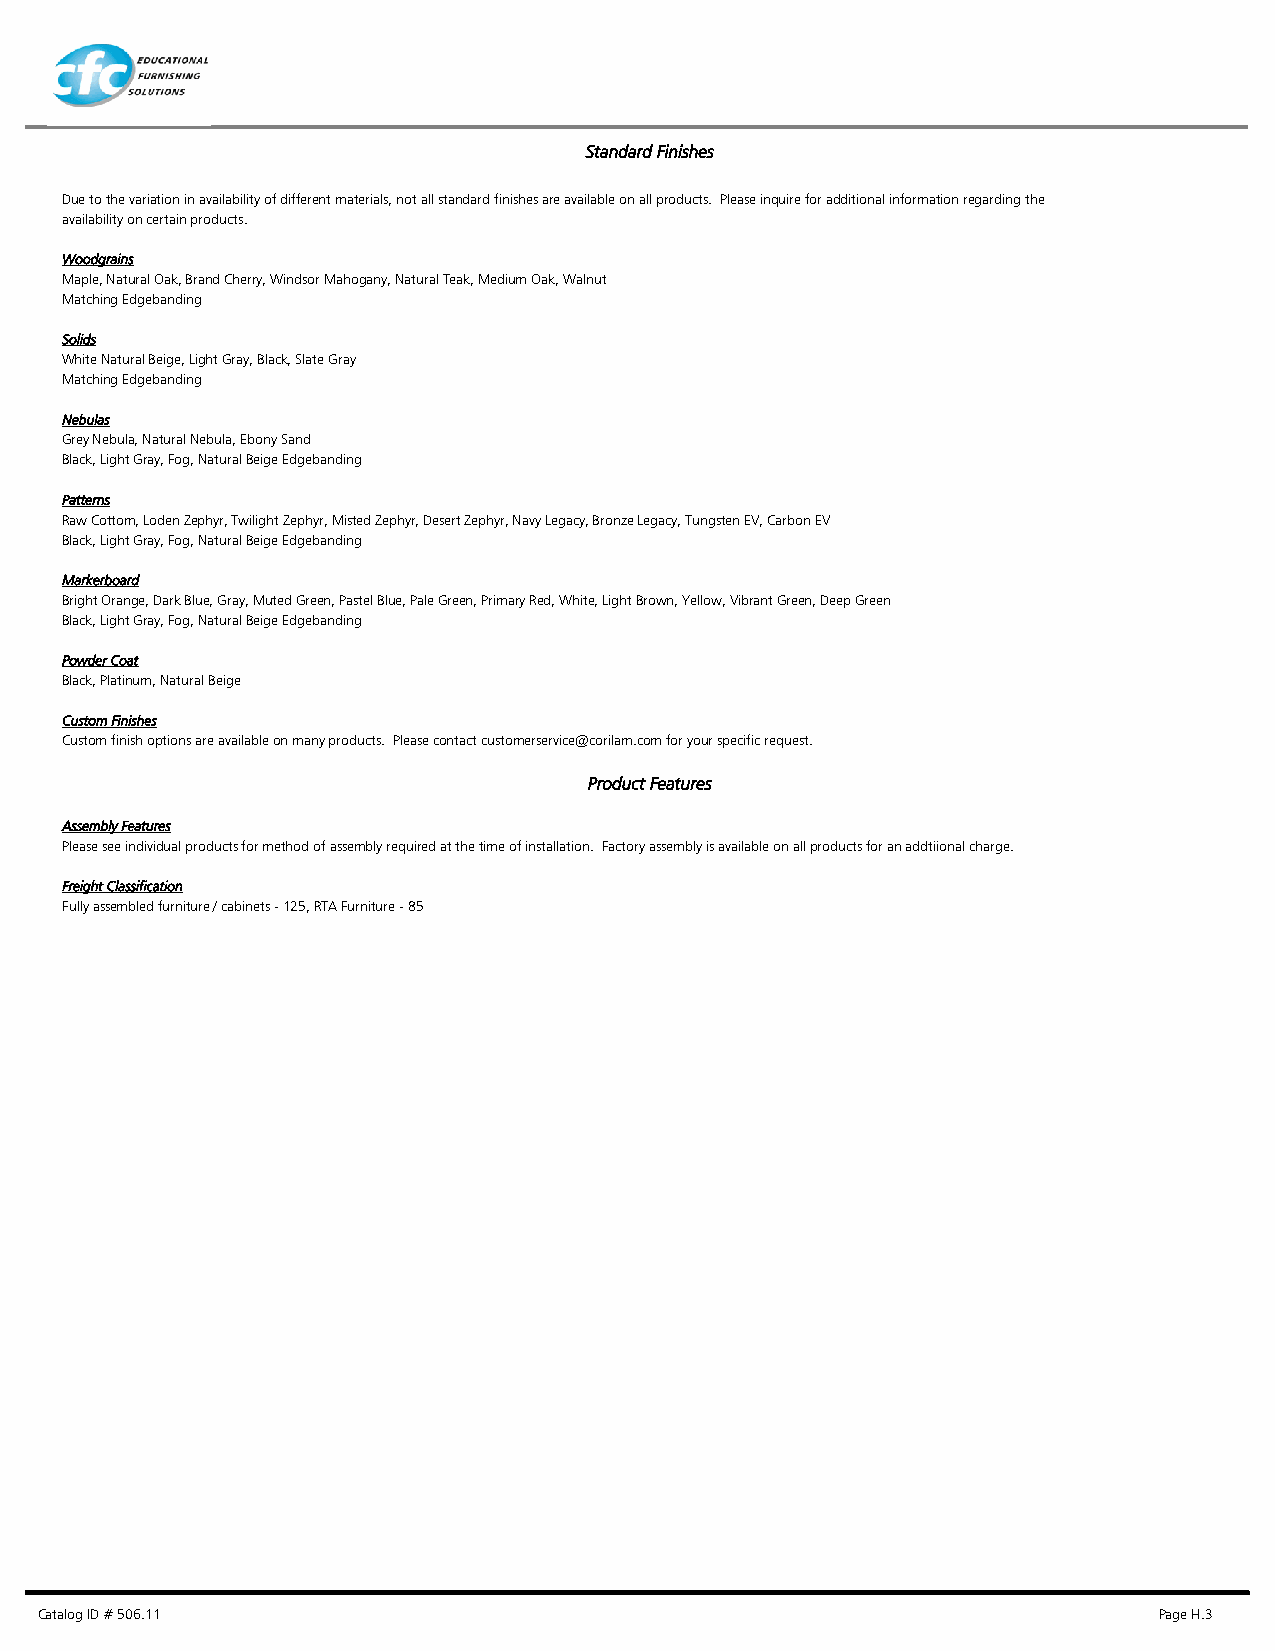
Standard Finishes
 Due to the variation in availability of different materials, not all standard finishes are available on all products. Please inquire for additional information regarding the
 availability on certain products.
 Woodgrains
 Maple, Natural Oak, Brand Cherry, Windsor Mahogany, Natural Teak, Medium Oak, Walnut
 Matching Edgebanding
 Solids
 White Natural Beige, Light Gray, Black, Slate Gray
 Matching Edgebanding
 Nebulas
 Grey Nebula, Natural Nebula, Ebony Sand
 Black, Light Gray, Fog, Natural Beige Edgebanding
 Patterns
 Raw Cottom, Loden Zephyr, Twilight Zephyr, Misted Zephyr, Desert Zephyr, Navy Legacy, Bronze Legacy, Tungsten EV, Carbon EV
 Black, Light Gray, Fog, Natural Beige Edgebanding
 Markerboard
 Bright Orange, Dark Blue, Gray, Muted Green, Pastel Blue, Pale Green, Primary Red, White, Light Brown, Yellow, Vibrant Green, Deep Green
 Black, Light Gray, Fog, Natural Beige Edgebanding
 Powder Coat
 Black, Platinum, Natural Beige
 Custom Finishes
 Custom finish options are available on many products. Please contact customerservice@corilam.com for your specific request.
 Product Features
 Assembly Features
 Please see individual products for method of assembly required at the time of installation. Factory assembly is available on all products for an addtiional charge.
 Freight Classification
 Fully assembled furniture / cabinets - 125, RTA Furniture - 85
 Catalog ID # 506.11                                                        Page H.3